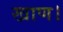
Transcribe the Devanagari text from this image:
खाण।